Report on vaccination in Madras 1922-1929 - 1922-1929
Year: 1922
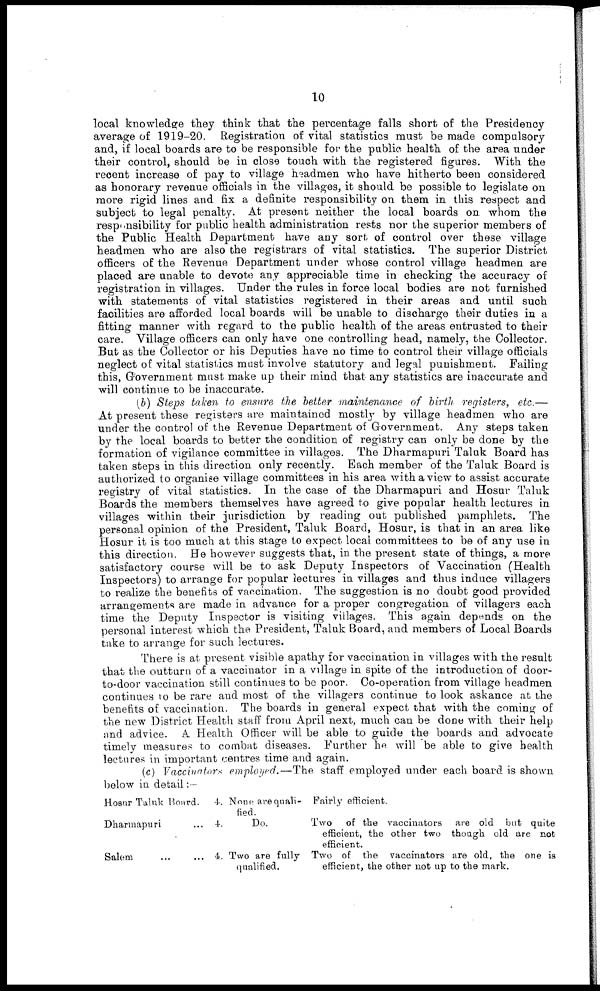
10
local knowledge they think that the percentage falls short of the Presidency
average of 1919-20. Registration of vital statistics must be made compulsory
and, if local boards are to be responsible for the public health of the area under
their control, should be in close touch with the registered figures. With the
recent increase of pay to village headmen who have hitherto been considered
as honorary revenue officials in the villages, it should be possible to legislate on
more rigid lines and fix a definite responsibility on them in this respect and
subject to legal penalty. At present neither the local boards on whom the
responsibility for public health administration rests nor the superior members of
the Public Health Department have any sort of control over these village
headmen who are also the registrars of vital statistics. The superior District
officers of the Revenue Department under whose control village headmen are
placed are unable to devote any appreciable time in checking the accuracy of
registration in villages. Under the rules in force local bodies are not furnished
with statements of vital statistics registered in their areas and until such
facilities are afforded local boards will be unable to discharge their duties in a
fitting manner with regard to the public health of the areas entrusted to their
care. Village officers can only have one controlling head, namely, the Collector.
But as the Collector or his Deputies have no time to control their village officials
neglect of vital statistics must involve statutory and legal punishment. Failing
this, Government must make up their mind that any statistics are inaccurate and
will continue to be inaccurate.
(b) Steps taken to ensure the better maintenance of birth registers, etc.—
At present these registers are maintained mostly by village headmen who are
under the control of the Revenue Department of Government. Any steps taken
by the local boards to better the condition of registry can only be done by the
formation of vigilance committee in villages. The Dharmapuri Taluk Board has
taken steps in this direction only recently. Each member of the Taluk Board is
authorized to organise village committees in his area with a view to assist accurate
registry of vital statistics. In the case of the Dharmapuri and Hosur Taluk
Boards the members themselves have agreed to give popular health lectures in
villages within their jurisdiction by reading out published pamphlets. The
personal opinion of the President, Taluk Board, Hosur, is that in an area like
Hosur it is too much at this stage to expect local committees to be of any use in
this direction. He however suggests that, in the present state of things, a more
satisfactory course will be to ask Deputy Inspectors of Vaccination (Health
Inspectors) to arrange for popular lectures in villages and thus induce villagers
to realize the benefits of vaccination. The suggestion is no doubt good provided
arrangements are made in advance for a proper congregation of villagers each
time the Deputy Inspector is visiting villages. This again depends on the
personal interest which the President, Taluk Board, and members of Local Boards
take to arrange for such lectures.
There is at present visible apathy for vaccination in villages with the result
that the outturn of a vaccinator in a village in spite of the introduction of door-
to-door vaccination still continues to be poor. Co-operation from village headmen
continues to be rare and most of the villagers continue to look askance at the
benefits of vaccination. The boards in general expect that with the coming of
the new District Health staff from April next, much can be done with their help
and advice. A Health Officer will be able to guide the boards and advocate
timely measures to combat diseases. Further he will be able to give health
lectures in important centres time and again.
(c) Vaccinators employed.—The staff employed under each board is shown
below in detail:—
Hosur Taluk Hoard.
Dharmapuri ...
Salem ... ...
4.
4.
4.
None: are quali-
fied.
Do.
Two are fully
qualified.
Fairly efficient.
Two of the vaccinators are old but quite
efficient, the other two though old are not
efficient.
Two of the vaccinators are old, the one is
efficient, the other not up to the mark.